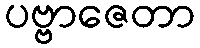
ပဗ္ဗာဇေတာ